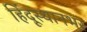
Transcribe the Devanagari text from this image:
हिंदूस्थानभर